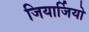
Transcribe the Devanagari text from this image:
जियार्जियो